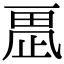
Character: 𣦂